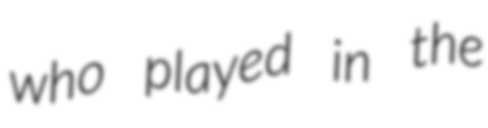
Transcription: who played in the